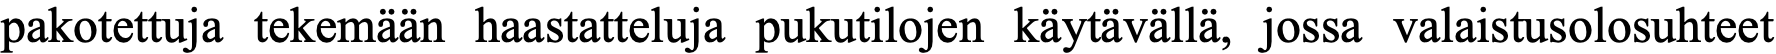
pakotettuja tekemään haastatteluja pukutilojen käytävällä, jossa valaistusolosuhteet